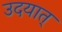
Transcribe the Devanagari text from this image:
उदयात्‌